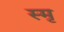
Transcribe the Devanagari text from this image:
स्मृ